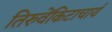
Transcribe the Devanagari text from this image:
तिरुवेंकिटाचार्य